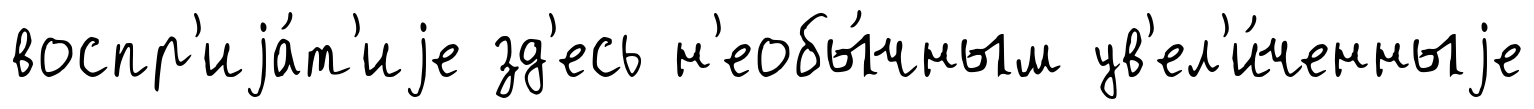
воспр'иjа́т'иjе зд'есь н'еобы́чным ув'ел'и́ченныjе